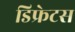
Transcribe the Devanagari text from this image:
डिफ्रेटस